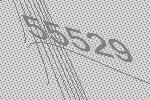
55529